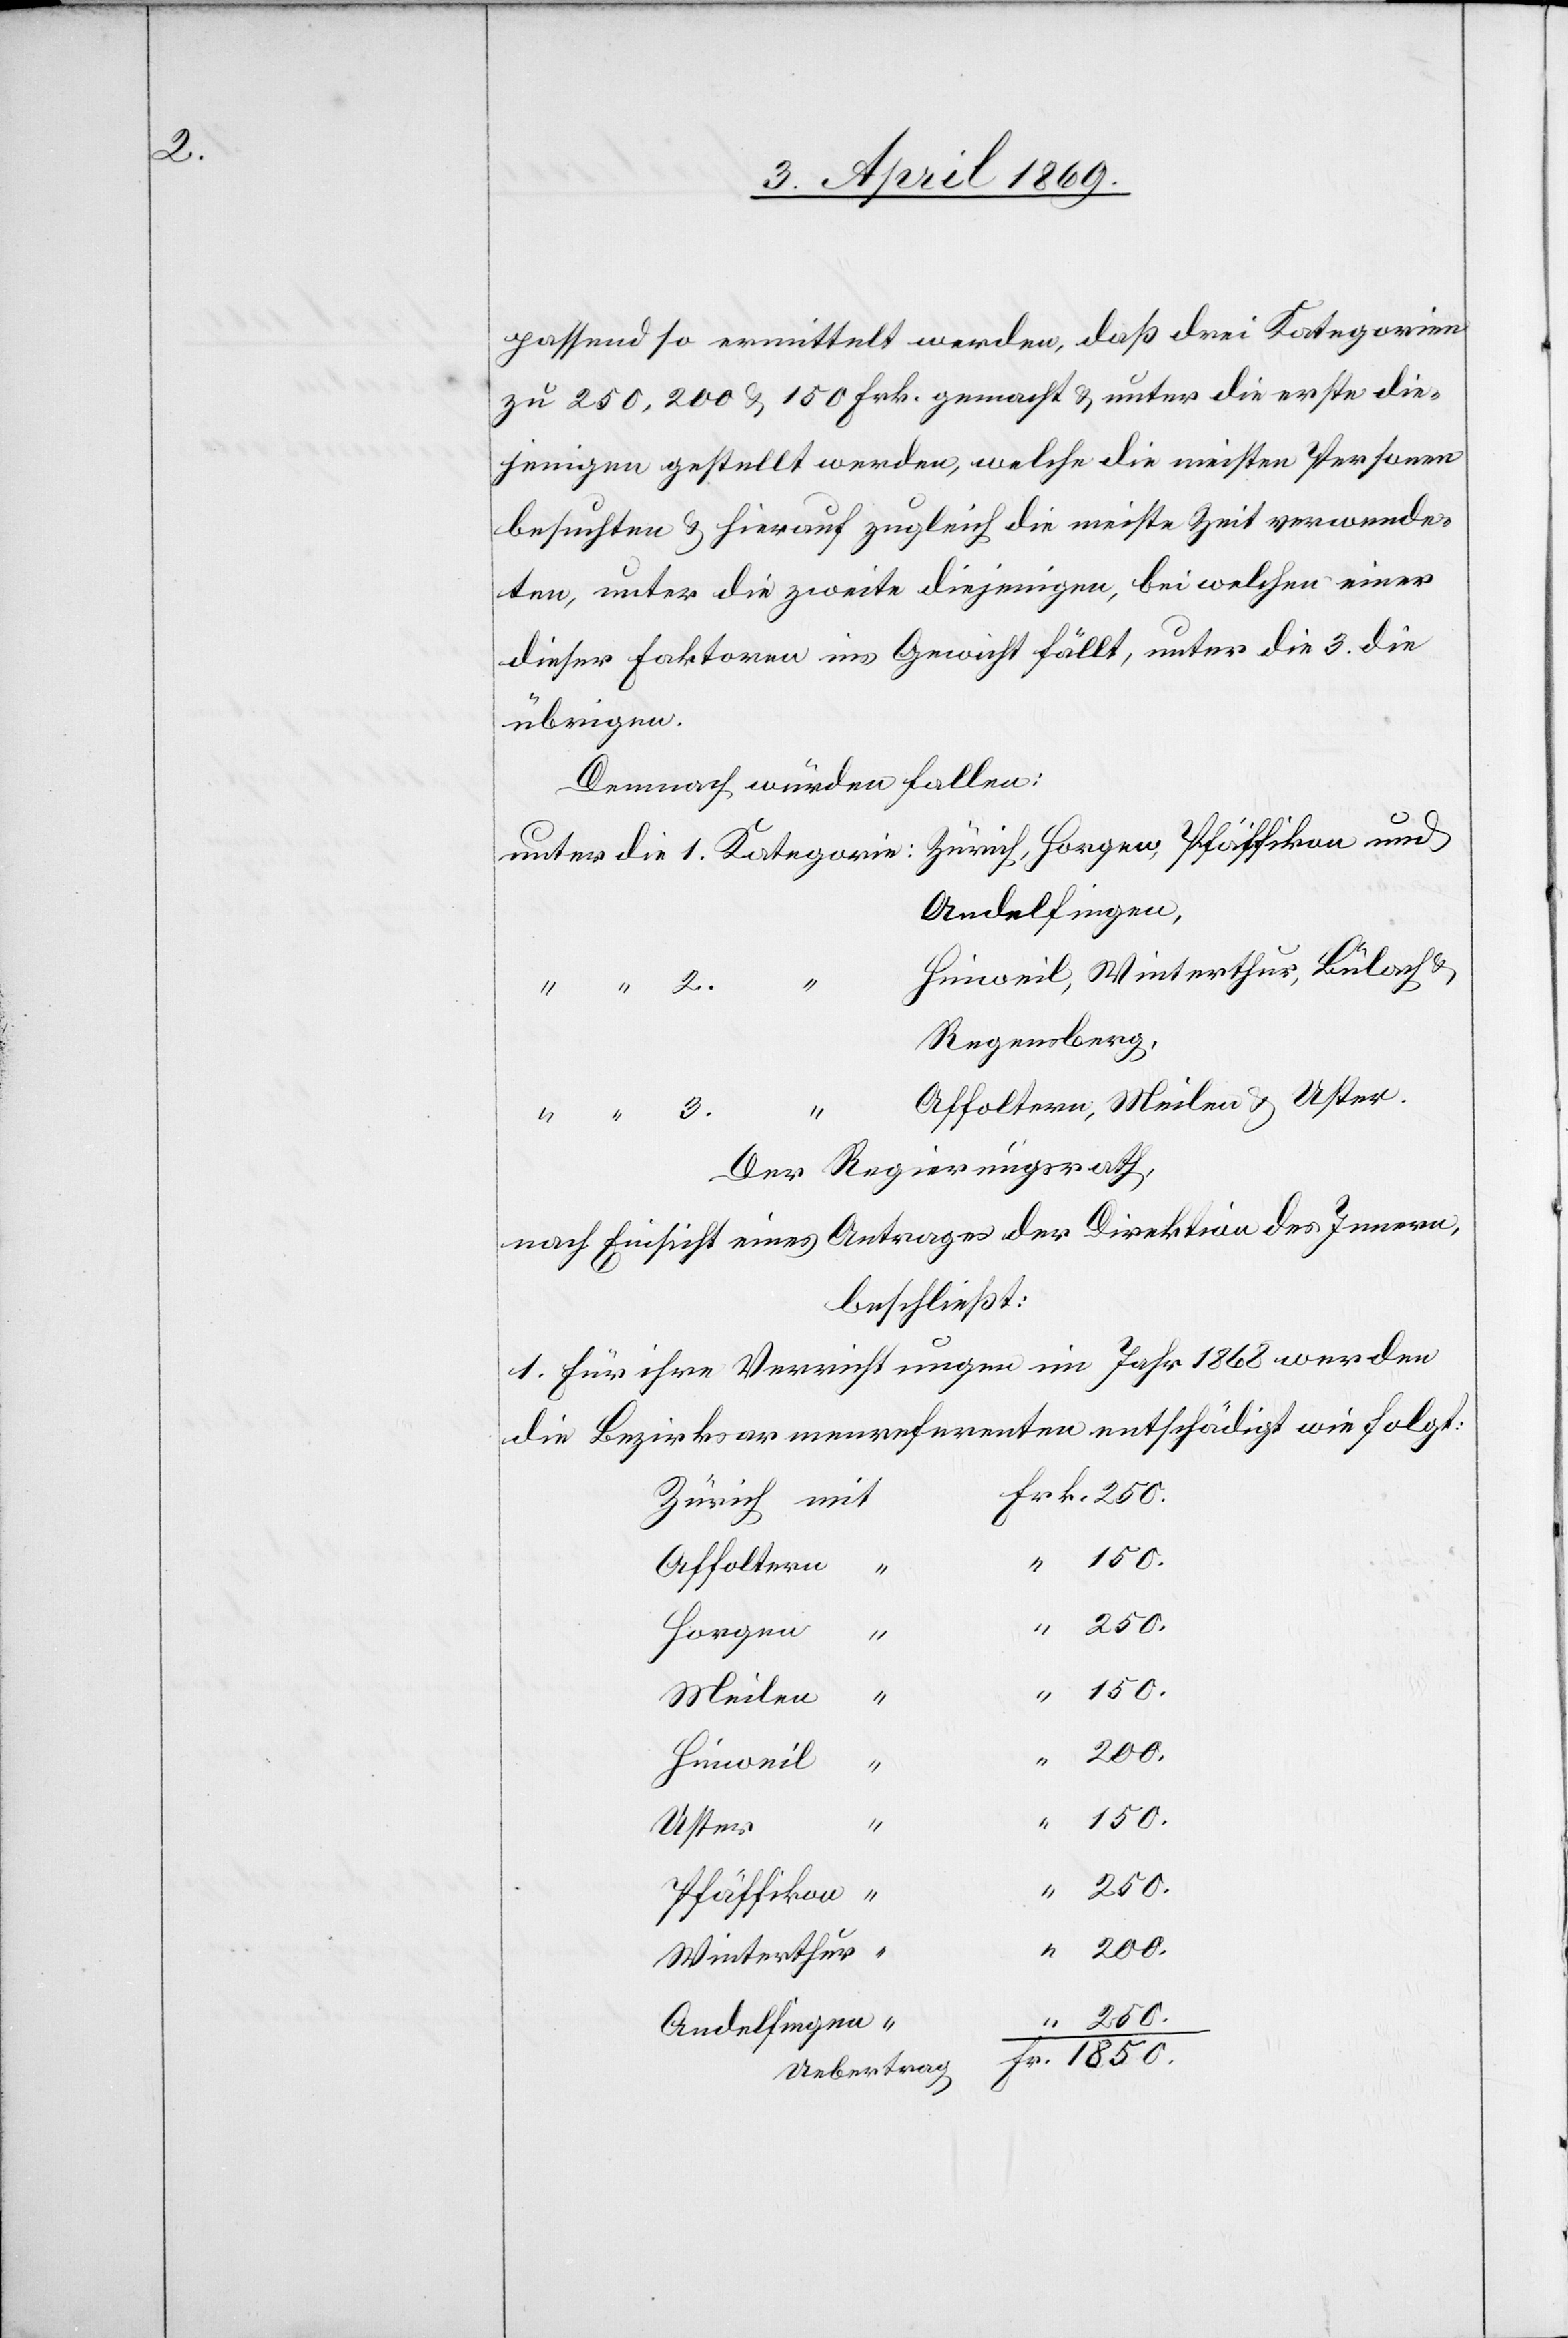
passend so ermittelt werden, daß drei Kategorien
zu 250, 200 u. 150 Frk. gemacht u. unter die erste die¬
jenigen gestellt werden, welche die meisten Personen
besuchten, u. hierauf zugleich die meiste Zeit verwende¬
ten, unter die zweite diejenigen, bei welchen einer
dieser Faktoren ins Gewicht fällt, unter die 3. die
übrigen.
Demnach würden fallen:
unter die 1. Kategorie: Zürich, Horgen, Pfäffikon und
Andelfingen
Hinweil, Winterthur, Bülach u.
Regensberg,
Affoltern, Meilen u. Uster.
“ “
Der Regierungsrath,
nach Einsicht eines Antrages der Direktion des Innern,
beschließt:
1. Für ihre Verrichtungen im Jahr 1868 werden
die Bezirksarmenreferenten entschädigt wie folgt:
Frk. 250.
Affoltern
250.
150.
“
200.
Pfäffikon
Winterthur